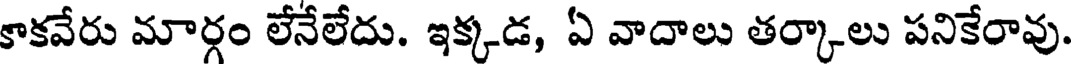
కాకవేరు మార్గం లేనేలేదు. ఇక్కడ, ఏ వాదాలు తర్కాలు పనికేరావు